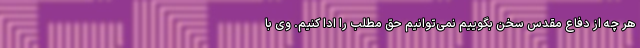
هر چه از دفاع مقدس سخن بگوییم نمی‌توانیم حق مطلب را ادا کنیم. وی با